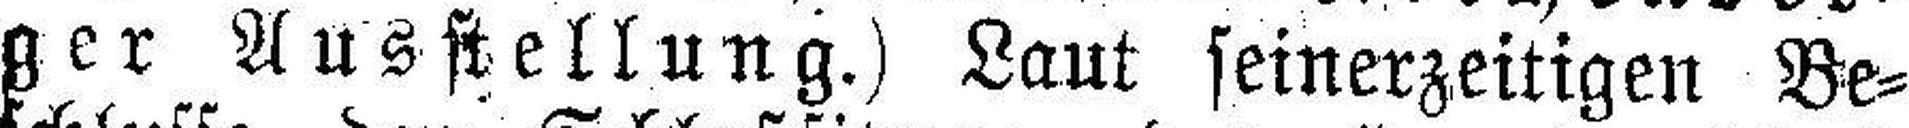
ger Ausstellung.) Laut seinerzeitigen Be¬